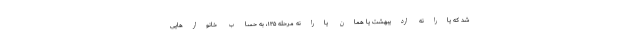
شد که یارانه اردیبهشت یا همان یارانه مرحله ۱۳۵، به حساب خانوارهایی